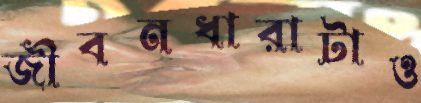
জীবনধারাটাও